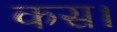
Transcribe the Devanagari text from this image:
कस।